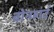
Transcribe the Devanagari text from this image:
बोनहार्ट